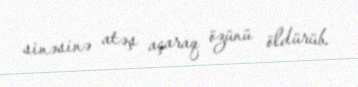
sinəsinə atəş açaraq özünü öldürüb.